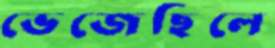
ভেজেছিলে